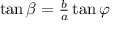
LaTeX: \textstyle { \tan \beta = { \frac { b } { a } } \tan \varphi } \,